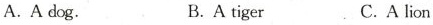
A. A dog. B. A tiger C.A lion